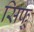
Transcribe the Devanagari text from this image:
सिफ्र्